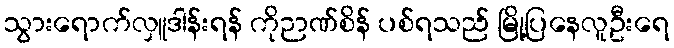
သွားရောက်လှူဒါန်းရန် ကိုဉာဏ်စိန် ပစ်ရသည် မြို့ပြနေလူဦးရေ